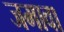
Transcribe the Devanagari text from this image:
जमावा